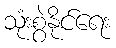
သုံးစွဲနိုင်ရေး